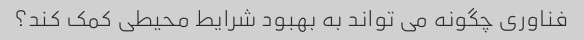
فناوری چگونه می تواند به بهبود شرایط محیطی کمک کند؟